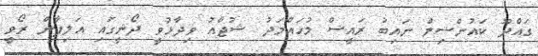
ގައްދޫ ކައުންސިލް ނައިބު ރައީސް މުހައްމަދު ޝުޖާއު ވިދާޅުވީ ދޯނީގައި އަލިފާން ރޯވީ